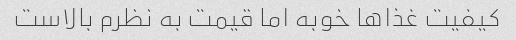
کیفیت غذاها خوبه اما قیمت به نظرم بالاست